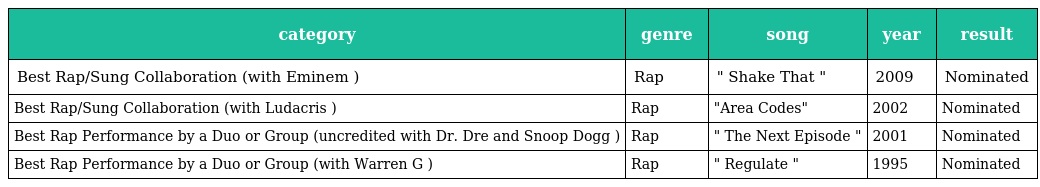
| category | genre | song | year | result |
 | --- | --- | --- | --- | --- |
 | Best Rap/Sung Collaboration (with Eminem ) | Rap | " Shake That " | 2009 | Nominated |
 | Best Rap/Sung Collaboration (with Ludacris ) | Rap | "Area Codes" | 2002 | Nominated |
 | Best Rap Performance by a Duo or Group (uncredited with Dr. Dre and Snoop Dogg ) | Rap | " The Next Episode " | 2001 | Nominated |
 | Best Rap Performance by a Duo or Group (with Warren G ) | Rap | " Regulate " | 1995 | Nominated |